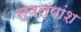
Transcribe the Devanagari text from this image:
स्वल्पांश